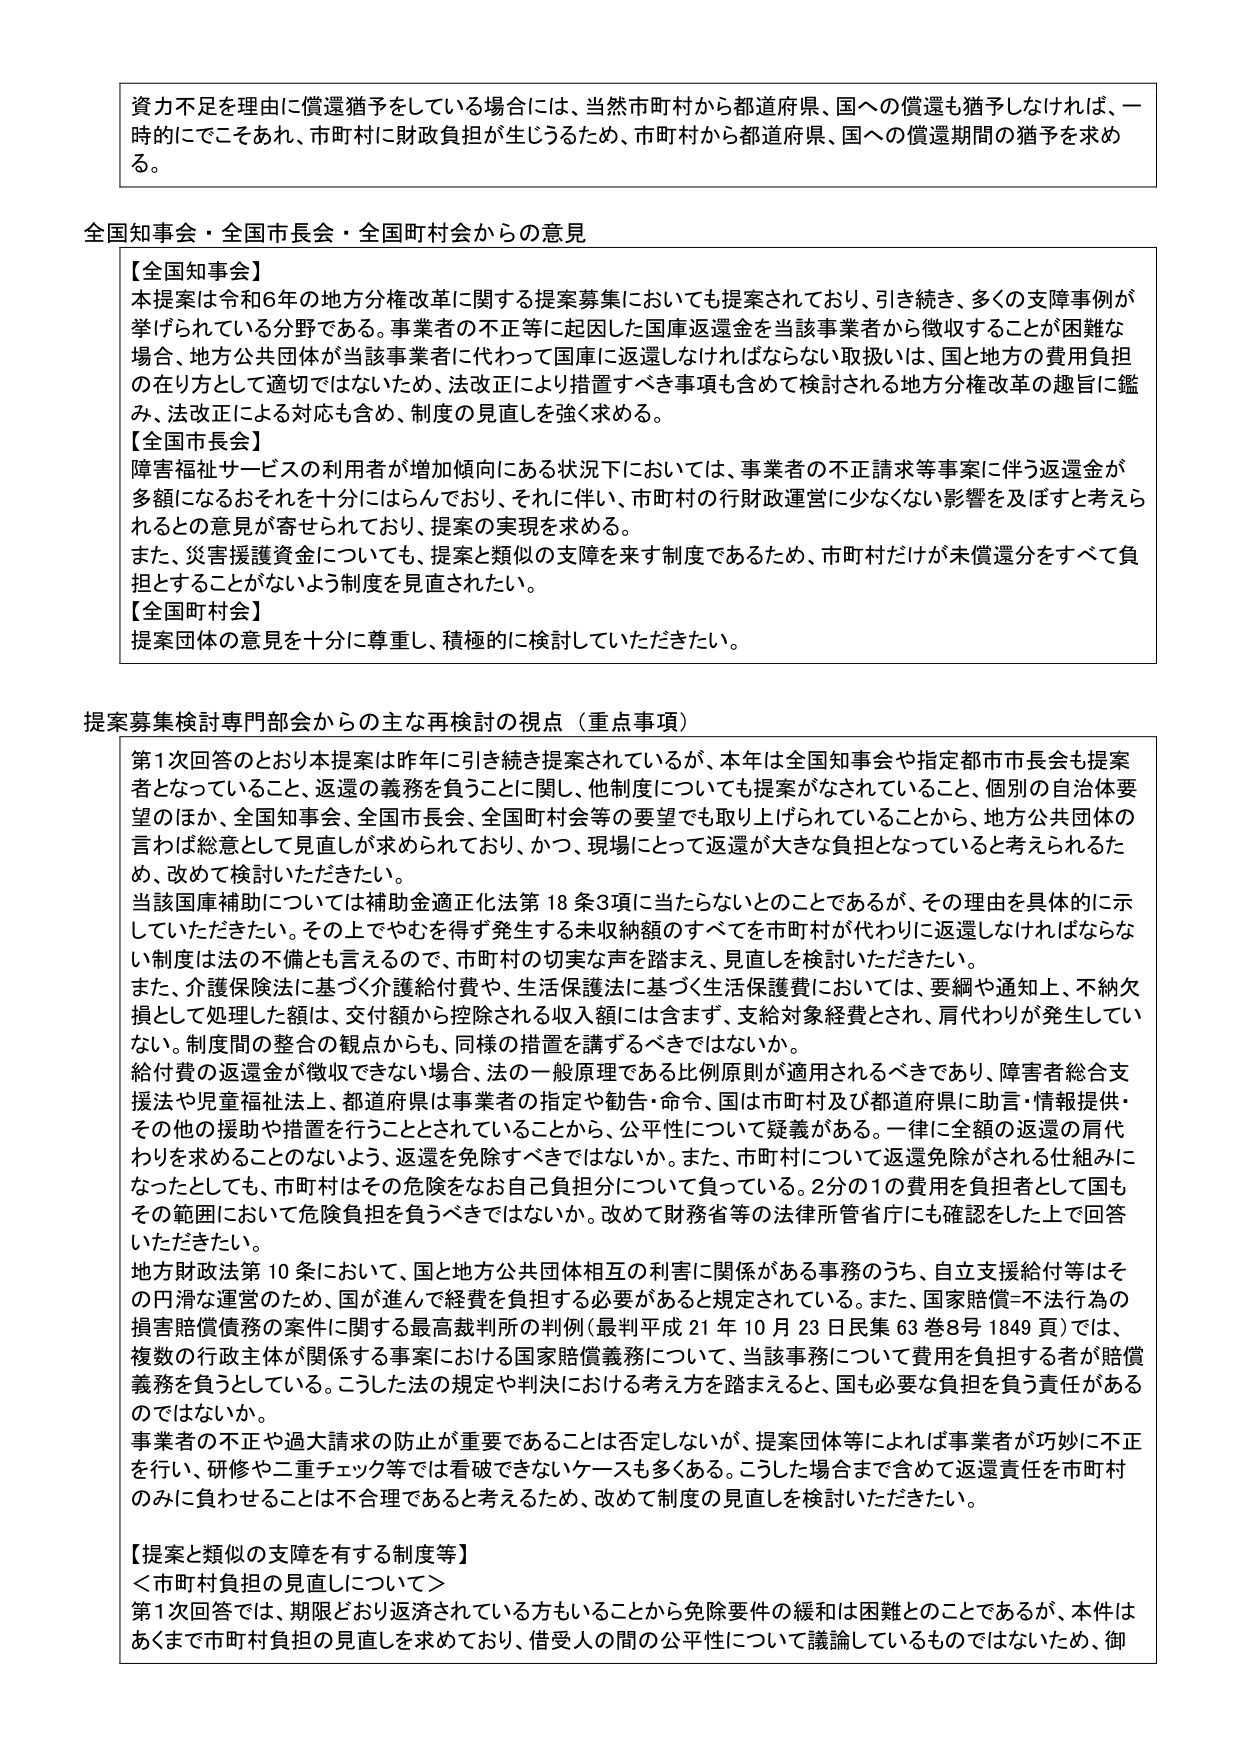
資力不足を理由に償還猶予をしている場合には、当然市町村から都道府県、国への償還も猶予しなければ、一時的にでこであれ、市町村に財政負担が生じるため、市町村から都道府県、国への償還期間の猶予を求め る。

全国知事会・全国市長会・全国町村会からの意見

【全国知事会】
本提案は令和6年の地方分権改革に関する提案募集においても提案されており、引き続き、多くの支障事例が挙げられている分野である。事業者の不正等に起因した国庫返還金を当該事業者から徴収することが困難な場合、地方公共団体が当該事業者に代わって国庫に返還しなければならない取扱いは、国と地方の費用負担の在り方として適切ではないため、法改正により措置すべき事項も含めて検討される地方分権改革の趣旨に鑑み、法改正による対応も含め、制度の見直しを強く求める。

【全国市長会】
障害福祉サービスの利用者が増加傾向にある状況下においては、事業者の不正請求等事案に伴う返還金が多額になるおそれを十分にはらんでおり、それに伴い、市町村の行財政運営に少なくない影響を及ぼすと考えられるとの意見が寄せられており、提案の実現を求める。
また、災害援護資金についても、提案と類似の支障を来す制度であるため、市町村だけが未償還分をすべて負担とすることがないよう制度を見直されたい。

【全国町村会】
提案団体の意見を十分に尊重し、積極的に検討していただきたい。

提案募集検討専門部会からの主な再検討の視点（重点事項）

第1次回答のとおり本提案は昨年に引き続き提案されているが、本年は全国知事会や指定都市市長会も提案者となっていること、返還の義務を負うことに関し、他制度についても提案がなされていること、個別の自治体要望のほか、全国知事会、全国市長会、全国町村会等の要望でも取り上げられていることから、地方公共団体の言わば総意として見直しが求められており、かつ、現場にとって返還が大きな負担となっていると考えられるため、改めて検討いただきたい。
当該国庫補助については補助金適正化法第18条3項に当たらないとのことであるが、その理由を具体的に示していただきたい。その上でやむを得ず発生する未収納額のすべてを市町村が代わりに返還しなければならない制度は法の不備とも言えるので、市町村の切実な声を踏まえ、見直しを検討いただきたい。
また、介護保険法に基づく介護給付費や、生活保護法に基づく生活保護費においては、要綱や通知上、不納欠損として処理した額は、交付額から控除される収入額には含まず、支給対象経費とされ、肩代わりが発生していない。制度間の整合の観点からも、同様の措置を講ずるべきではないか。
給付費の返還金が徴収できない場合、法の一般原理である比例原則が適用されるべきであり、障害者総合支援法や児童福祉法上、都道府県は事業者の指定や勧告・命令、国は市町村及び都道府県に助言・情報提供・その他の援助や措置を行うこととされていることから、公平性について疑義がある。一律に全額の返還の肩代わりを求めることのないよう、返還を免除すべきではないか。また、市町村について返還免除がされる仕組みになったとしても、市町村はその危険をなお自己負担分について負っている。2分の1の費用を負担者として国もその範囲において危険負担を負うべきではないか。改めて財務省等の法律所管省庁にも確認をした上で回答いただきたい。
地方財政法第10条において、国と地方公共団体相互の利害に関係がある事務のうち、自立支援給付等はその円滑な運営のため、国が進んで経費を負担する必要があると規定されている。また、国家賠償・不法行為の損害賠償債務の案件に関する最高裁判所の判例（最判平成21年10月23日民集63巻8号1849頁）では、複数の行政主体が関係する事案における国家賠償義務について、当該事務について費用を負担する者が賠償義務を負うとしている。こうした法の規定や判決における考え方を踏まえると、国も必要な負担を負う責任があるのではないか。
事業者の不正や過大請求の防止が重要であることは否定しないが、提案団体等によれば事業者が巧妙に不正を行い、研修や二重チェック等では看破できないケースも多くある。こうした場合まで含めて返還責任を市町村のみに負わせることは不合理であると考えるため、改めて制度の見直しを検討いただきたい。

【提案と類似の支障を有する制度等】
＜市町村負担の見直しについて＞
第1次回答では、期限どおり返済されている方もいることから免除要件の緩和は困難とのことであるが、本件はあくまで市町村負担の見直しを求めており、借受人の間の公平性について議論しているものではないため、御